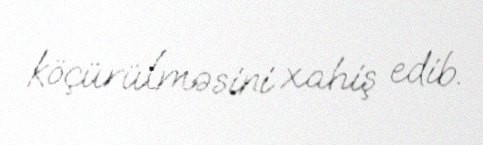
köçürülməsini xahiş edib.